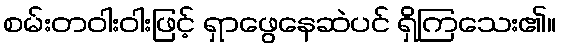
စမ်းတဝါးဝါးဖြင့် ရှာဖွေနေဆဲပင် ရှိကြသေး၏။